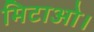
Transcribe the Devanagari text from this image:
मिटाओ।